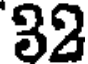
32